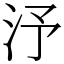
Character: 汿